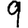
Digit: 9